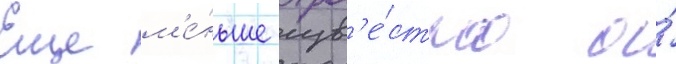
Еще м'е́ньше изв'е́стно о́